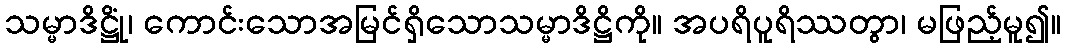
သမ္မာဒိဋ္ဌိုံ၊ ကောင်းသောအမြင်ရှိသောသမ္မာဒိဋ္ဌိကို။ အပရိပူရိဿတွာ၊ မဖြည့်မူ၍။